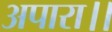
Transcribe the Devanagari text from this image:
अपारा।।